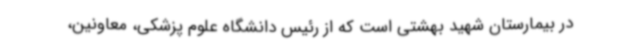
در بیمارستان شهید بهشتی است که از رئیس دانشگاه علوم پزشکی، معاونین،